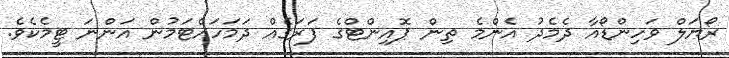
ރޯޔަލް ވަހިންޑޯއާ ދެމެދު އެންމެ ތިން ޕޮއިންޓްގެ ފަރަގެއް ދަމަހައްޓަމުން އަންނަ ޓީމެކެވެ.